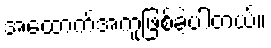
အထောက်အကူဖြစ်ခဲ့ပါတယ်။